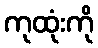
ကုထုံးကို